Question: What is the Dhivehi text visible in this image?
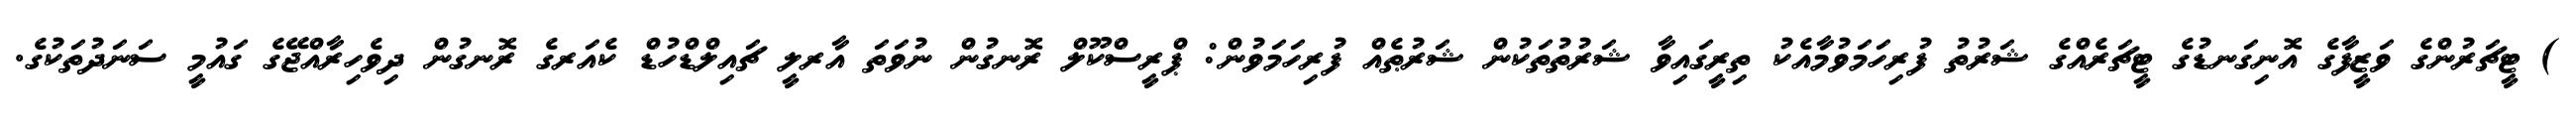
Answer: ) ޓީޗަރުންގެ ވަޒީފާގެ އޮނިގަނޑުގެ ޓީޗަރެއްގެ ޝަރުތު ފުރިހަމަވުމާއެކު ތިރީގައިވާ ޝަރުތުތަކުން ޝަރުޠެއް ފުރިހަމަވުން: ޕްރީސްކޫލް ރޮނގުން ނުވަތަ އާރލީ ޗައިލްޑްހުޑް ކެއަރގެ ރޮނގުން ދިވެހިރާއްޖޭގެ ގައުމީ ސަނަދުތަކުގެ.